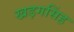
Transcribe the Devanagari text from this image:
खड़गसिंह